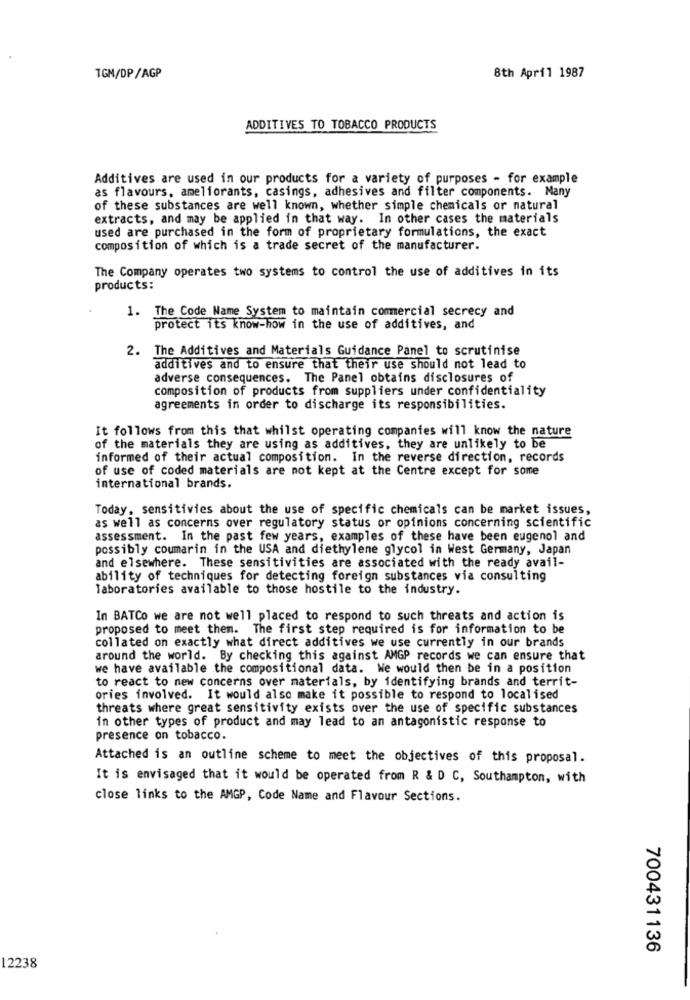
TGM/DP/AGP
8th April 1987
ADDITIVES TO TOBACCO PRODUCTS
Additives are used in our products for a variety of purposes - for example
as flavours, ameliorants, casings, adhesives and filter components. Many
of these substances are well known, whether simple chemicals or natural
extracts, and may be applied in that way. In other cases the materials
used are purchased in the form of proprietary formulations, the exact
composition of which is a trade secret of the manufacturer.
The Company operates two systems to control the use of additives in its
products:
1. The Code Name System to maintain commercial secrecy and
protect its know-how in the use of additives, and
2. The Additives and Materials Guidance Panel to scrutinise
additives and to ensure that their use should not lead to
adverse consequences. The Panel obtains disclosures of
composition of products from suppliers under confidentiality
agreements in order to discharge its responsibilities.
It follows from this that whilst operating companies will know the nature
of the materials they are using as additives, they are unlikely to be
informed of their actual composition. In the reverse direction, records
of use of coded materials are not kept at the Centre except for some
international brands.
Today, sensitivies about the use of specific chemicals can be market issues,
as well as concerns over regulatory status or opinions concerning scientific
assessment. In the past few years, examples of these have been eugenol and
possibly coumarin in the USA and diethylene glycol in West Germany, Japan
and elsewhere. These sensitivities are associated with the ready avail-
ability of techniques for detecting foreign substances via consulting
laboratories available to those hostile to the industry.
In BATCo we are not well placed to respond to such threats and action is
proposed to meet them. The first step required is for information to be
collated on exactly what direct additives we use currently in our brands
around the world. By checking this against AMGP records we can ensure that
we have available the compositional data. We would then be in a position
to react to new concerns over materials, by identifying brands and territ-
ories involved. It would also make it possible to respond to localised
threats where great sensitivity exists over the use of specific substances
in other types of product and may lead to an antagonistic response to
presence on tobacco.
Attached is an outline scheme to meet the objectives of this proposal.
It is envisaged that it would be operated from R & D C, Southampton, with
close links to the AMGP, Code Name and Flavour Sections.
700431136
12238